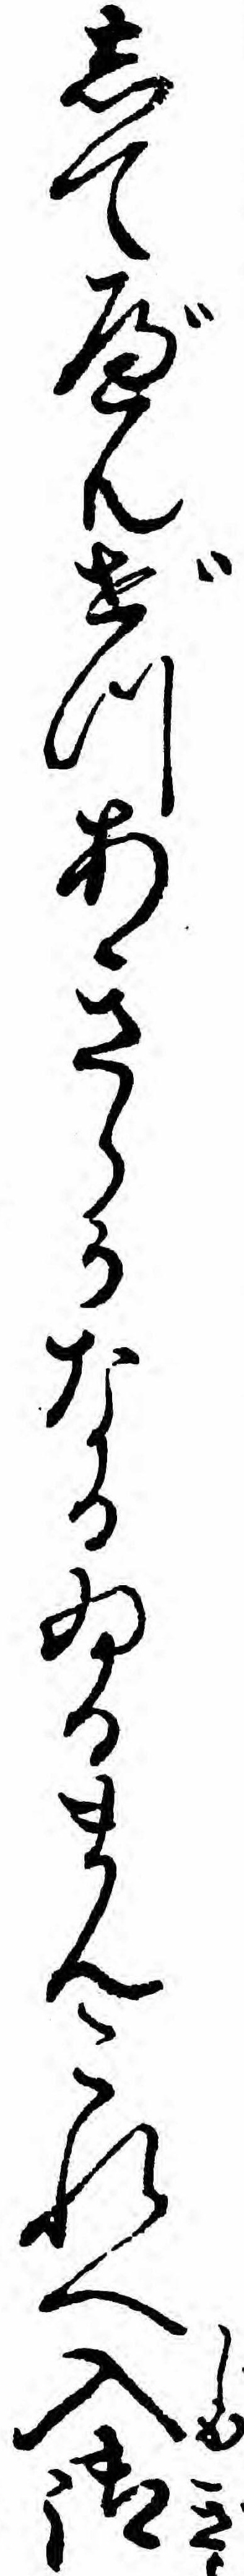
してべんぜつあきらかなるゐるまんこれへ入御